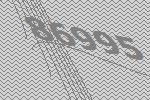
86995